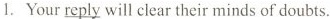
1. Your\underline{ reply} will clear their minds of doubts.